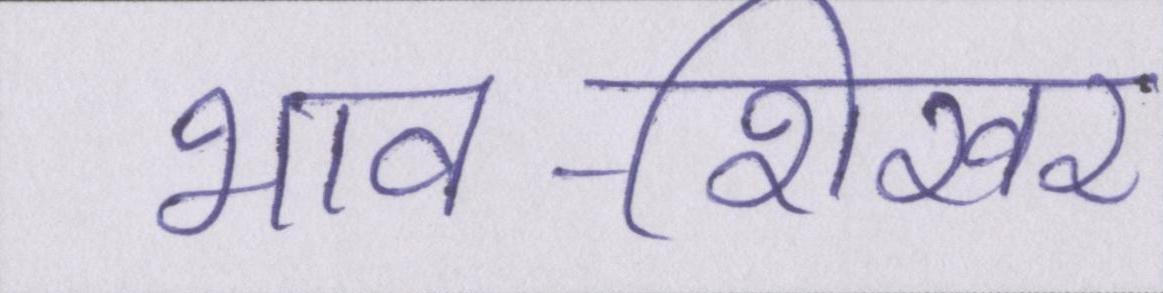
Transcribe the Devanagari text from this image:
भाव-शिखर